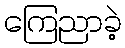
ကြေညာခဲ့